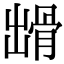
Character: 𩨳